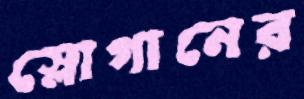
স্লোগানের